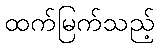
ထက်မြက်သည့်